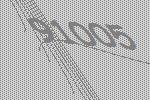
91005